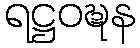
ရဋ္ဌဝဍ္ဎန